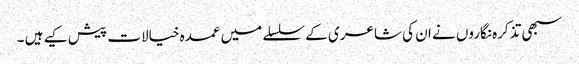
سبھی تذکرہ نگاروں نے ان کی شاعری کے سلسلے میں عمدہ خیالات پیش کیے ہیں ۔